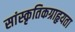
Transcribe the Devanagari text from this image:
सांस्कृतिकग्राहृयता